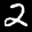
Label: 2